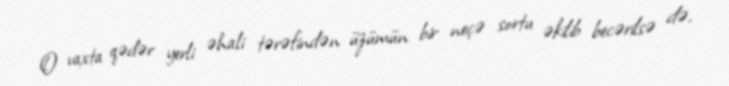
O vaxta qədər yerli əhali tərəfindən üzümün bir neçə sortu əkilib becərilsə də,